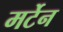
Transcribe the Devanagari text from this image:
मर्टेन